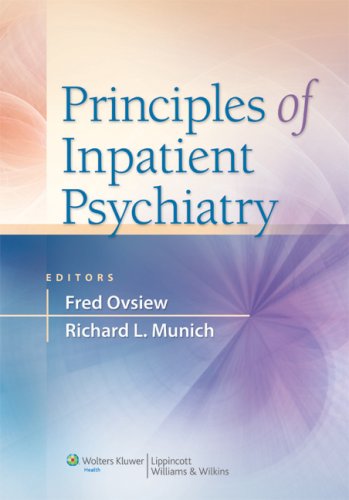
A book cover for Principles of Inpatient Psychiatry; Medical Books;